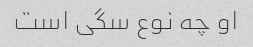
او چه نوع سگی است